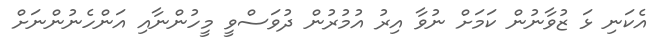
އެކަނި ޅަ ޒުވާނުން ކަމަށް ނުވާ އިރު އުމުރުން ދުވަސްވީ މީހުންނާއި އަންހެނުންނަށް